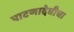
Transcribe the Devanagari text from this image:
पाटणादेवीचा